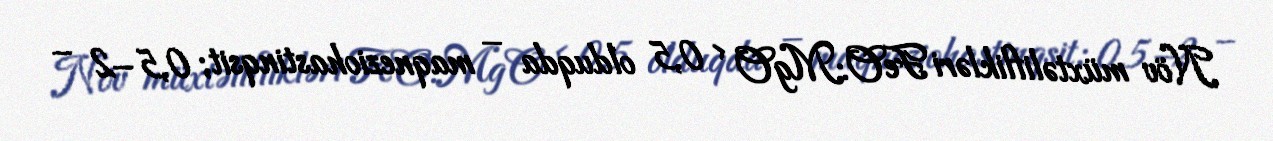
Növ müxtəliflikləri FeO:MgO < 0,5 olduqda – maqneziohastinqsit; 0,5–2 –